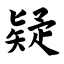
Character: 疑